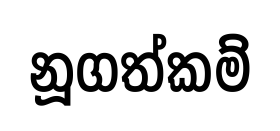
නූගත්කම්